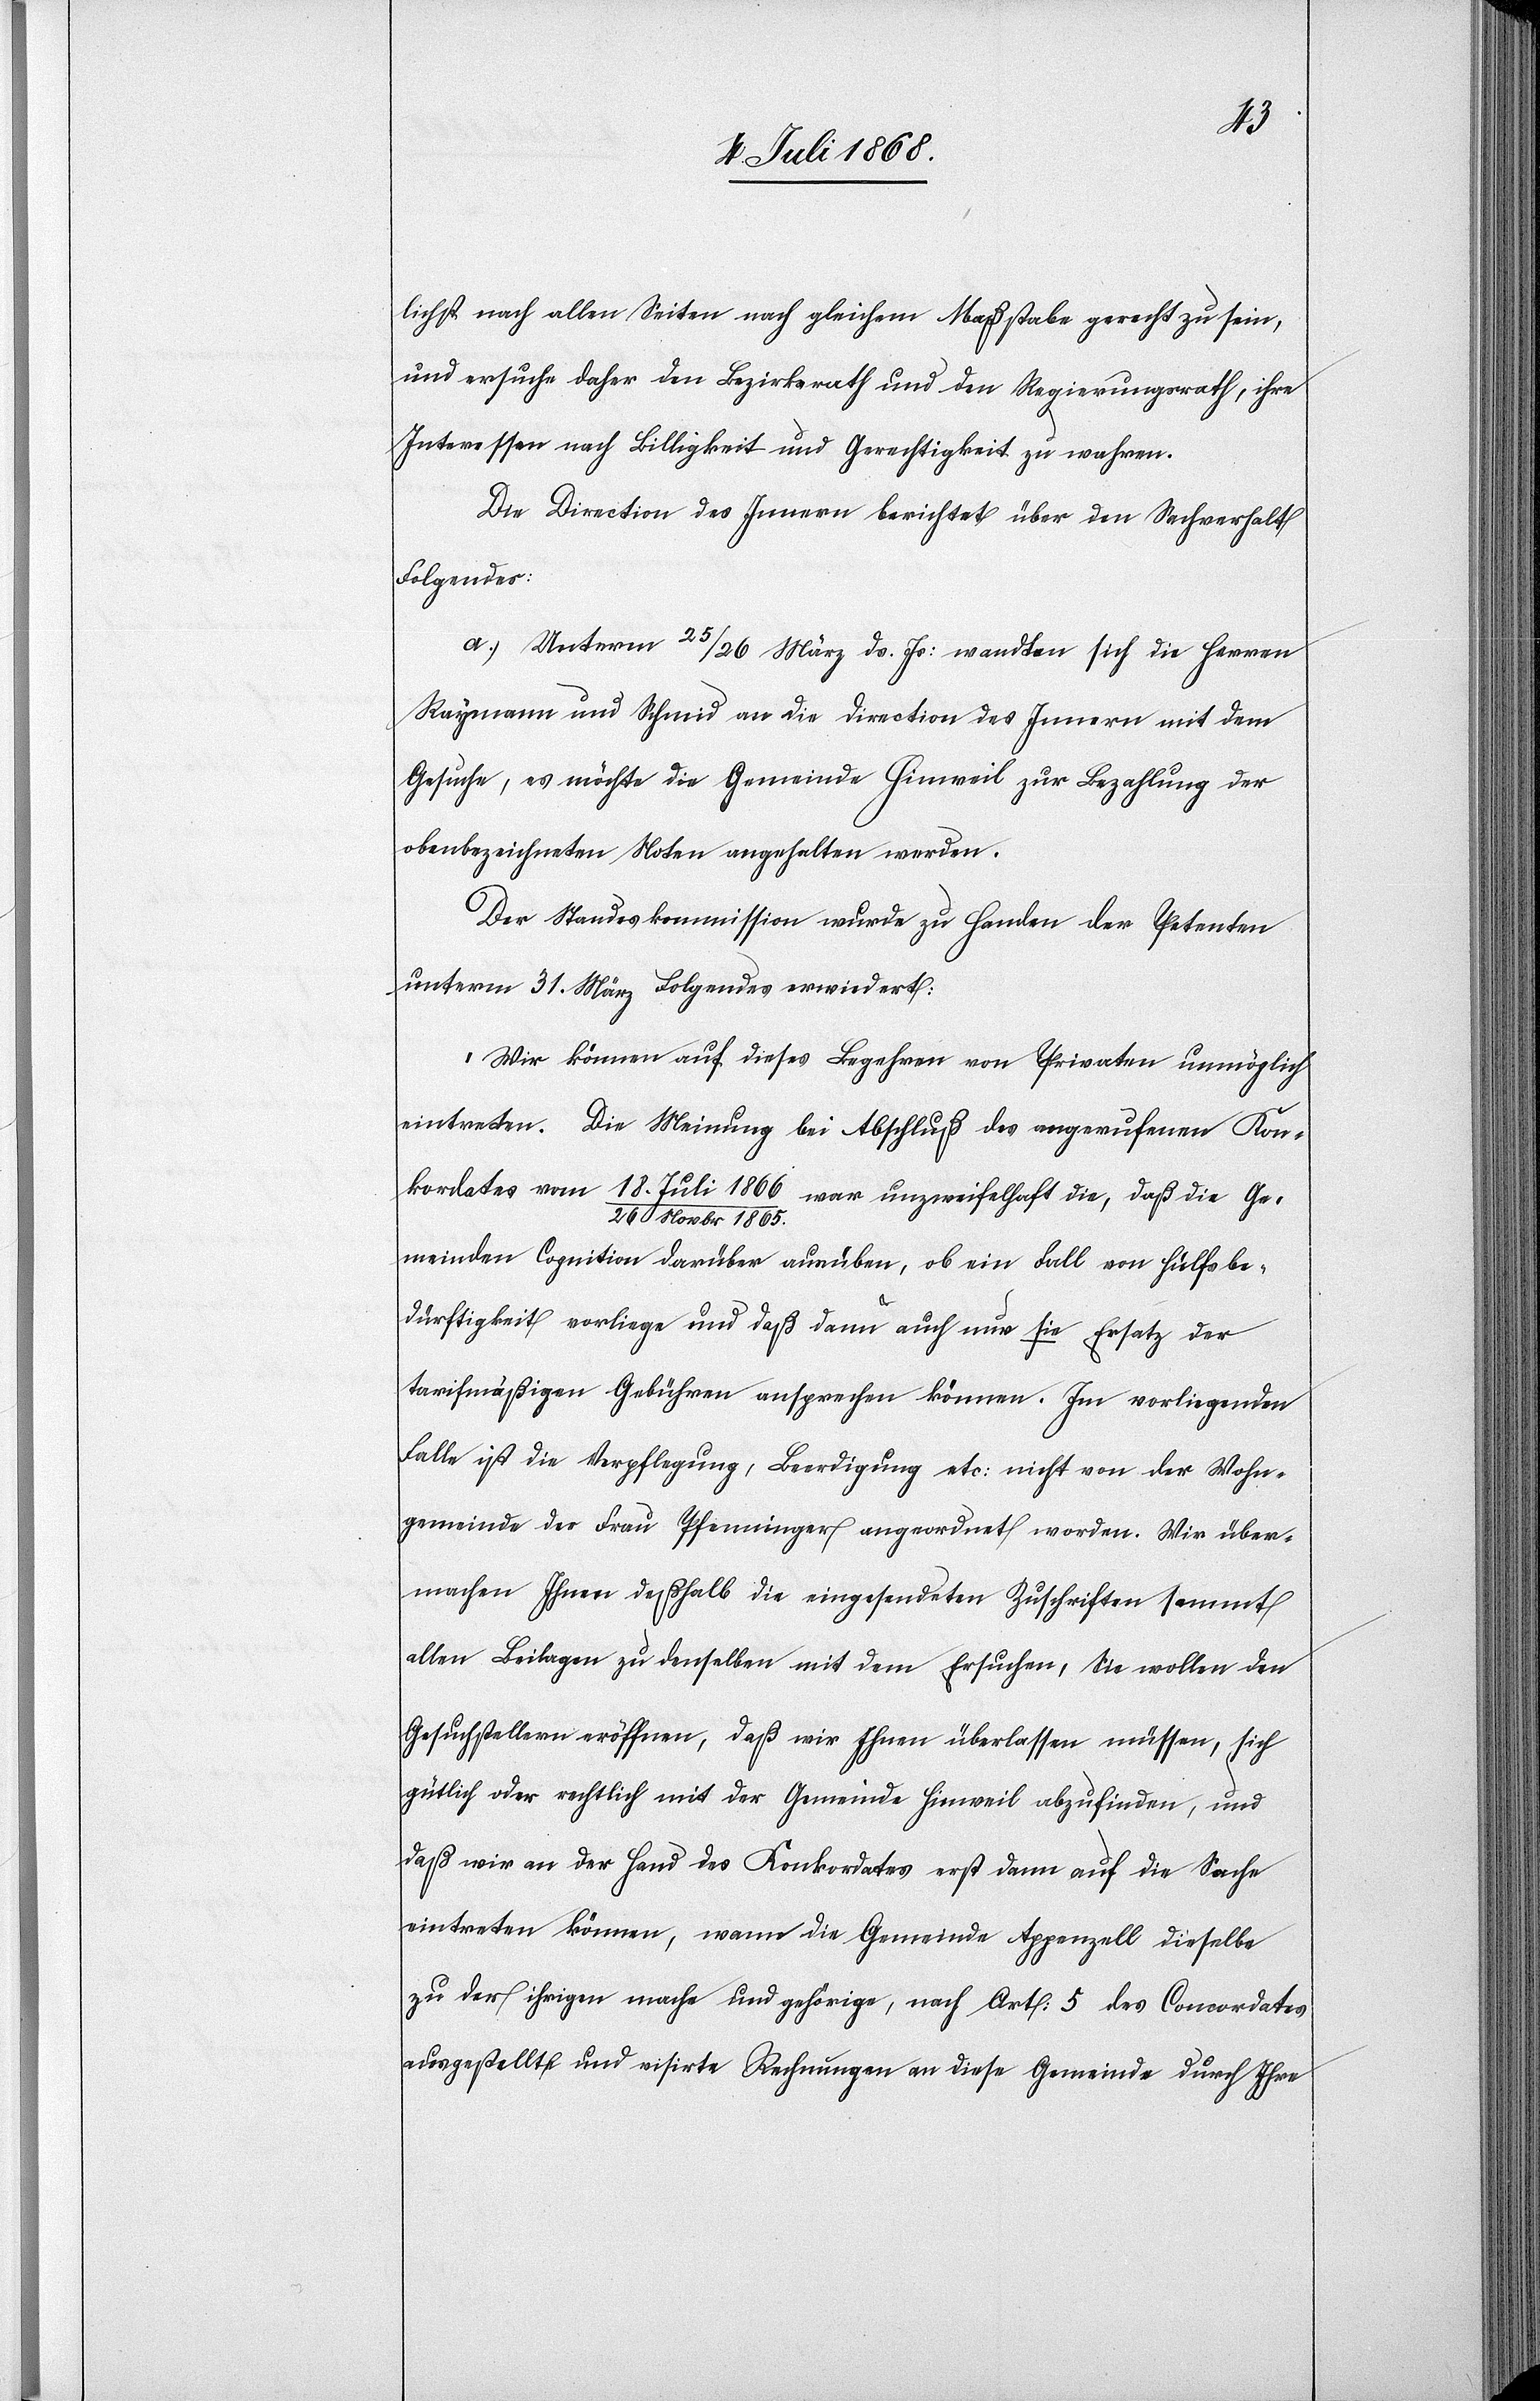
lichst nach allen Seiten nach gleichem Maßstabe gerecht zu sein,
und ersuche daher den Bezirksrath und den Regierungsrath, ihre
Interessen nach Billigkeit und Gerechtigkeit zu wahren.
Die Direction des Innern berichtet über den Sachverhalt
Folgendes:
a.) Unterm 25/26 März ds. Js: wandten sich die Herren
Raymann und Schmid an die Direction des Innern mit dem
Gesuche, es möchte die Gemeinde Hinweil zur Bezahlung der
obenbezeichneten Noten angehalten werden.
Der Standeskommission wurde zu Handen der Petenten
unterm 31. März Folgendes erwiedert:
„Wir können auf dieses Begehren von Privaten unmöglich
eintreten. Die Meinung bei Abschluß des angerufenen Kon¬
kordates vom 18. Juli 1866 / 26 Novbr 1865. war unzweifelhaft die, daß die Ge¬
meinden Cognition darüber ausüben, ob ein Fall von Hülfsbe¬
dürftigkeit vorliege und daß dann auch nur sie Ersatz der
tarifmäßigen Gebühren ansprechen können. Im vorliegenden
Falle ist die Verpflegung, Beerdigung etc: nicht von der Wohn¬
gemeinde der Frau Pfenninger angeordnet worden. Wir über¬
machen Ihnen deßhalb die eingesendeten Zuschriften sammt
allen Beilagen zu denselben mit dem Ersuchen, Sie wollen den
Gesuchstellern eröffnen, daß wir Ihnen überlassen müssen, sich
gütlich oder rechtlich mit der Gemeinde Hinweil abzufinden, und
daß wir an der Hand des Konkordates erst dann auf die Sache
eintreten können, wann die Gemeinde Appenzell dieselbe
zu der ihrigen mache und gehörige, nach Art: 5 des Concordates
ausgestellte und visirte Rechnungen an diese Gemeinde durch Ihre